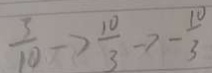
\frac { 3 } { 1 0 } \rightarrow \frac { 1 0 } { 3 } \rightarrow - \frac { 1 0 } { 3 }